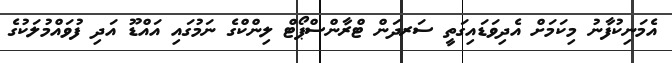
އެމަނިކުފާނު މިކަމަށް އެދިވަޑައިގަތީ ސަރދަން ޓްރާންސްޕޯޓް ލިންކްގެ ނަމުގައި އައްޑޫ އަދި ފުވައްމުލަކުގެ